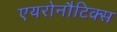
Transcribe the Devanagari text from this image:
एयरोनौटिक्स